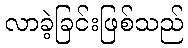
လာခဲ့ခြင်းဖြစ်သည်